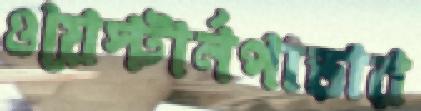
ওয়েস্টার্নপাড়ার